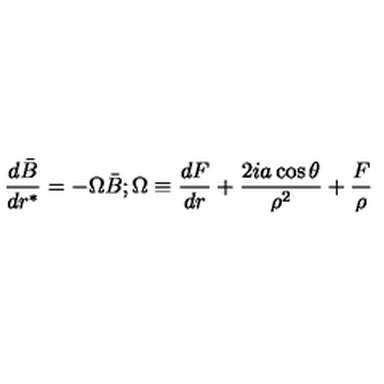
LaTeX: \frac { d \bar { B } } { d r ^ { * } } = - \Omega \bar { B } ; \Omega \equiv \frac { d F } { d r } + \frac { 2 i a \cos \theta } { \rho ^ { 2 } } + \frac { F } { \rho }